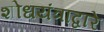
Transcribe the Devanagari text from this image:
शोधयंत्राद्वारे